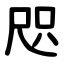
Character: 咫